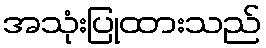
အသုံးပြုထားသည်